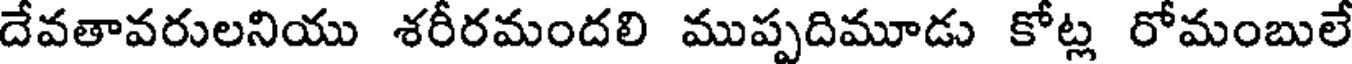
దేవతావరులనియు శరీరమందలి ముప్పదిమూడు కోట్ల రోమంబులే